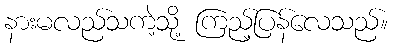
နားမလည်သကဲ့သို့ ကြည့်ပြန်လေသည်။